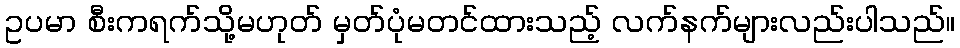
ဥပမာ စီးကရက်သို့မဟုတ် မှတ်ပုံမတင်ထားသည့် လက်နက်များလည်းပါသည်။